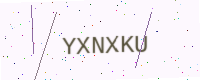
Text: YXNXKU